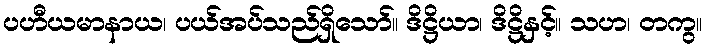
ပဟီယမာနာယ၊ ပယ်အပ်သည်ရှိသော်။ ဒိဋ္ဌိယာ၊ ဒိဋ္ဌိနှင့်။ သဟ၊ တကွ။